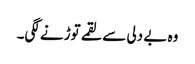
وہ بے دلی سے لقمے توڑنے لگی۔